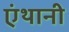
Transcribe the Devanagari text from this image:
एंथानी